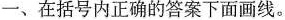
一、在括号内正确的答案下面画线.。